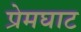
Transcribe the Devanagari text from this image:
प्रेमघाट